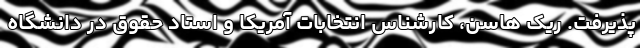
پذیرفت. ریک هاسن، کارشناس انتخابات آمریکا و استاد حقوق در دانشگاه